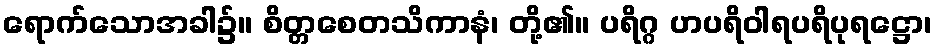
ရောက်သောအခါ၌။ စိတ္တစေတသိကာနံ၊ တို့၏။ ပရိဂ္ဂ ဟပရိဝါရပရိပုရဋ္ဌော၊